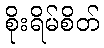
စိုးရိမ်စိတ်